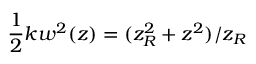
\frac { 1 } { 2 } k w ^ { 2 } ( z ) = ( z _ { R } ^ { 2 } + z ^ { 2 } ) / z _ { R }